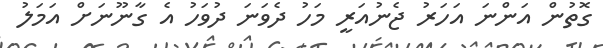
ގޮތުން އަންނަ އަހަރު ޖެނުއަރީ މަހު ދެވަނަ ދުވަހު އެ ގާނޫނަށް އަމަލު